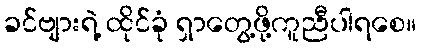
ခင်ဗျားရဲ့ ထိုင်ခုံ ရှာတွေ့ဖို့ကူညီပါရစေ။